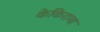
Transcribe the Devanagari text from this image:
केकिरावा